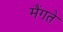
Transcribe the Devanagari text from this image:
मैंगते